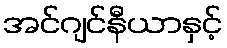
အင်ဂျင်နီယာနှင့်